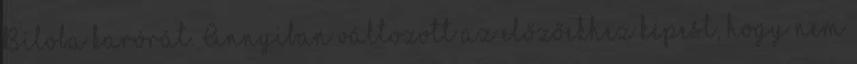
Biloba karórát. Annyiban változott az előzőekhez képest, hogy nem